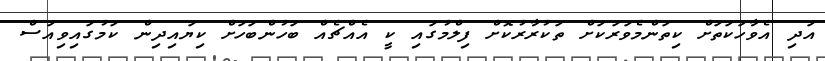
އަދި އެވާހަކަތަށް ކިތަންމެވަރަކަށް ތަކުރާރުކޮށް ފިލްމުގައި ކީ އެއްޗެއް ބަހުންބަހަށް ކިޔައިދިން ކަމުގައިވިއަސް